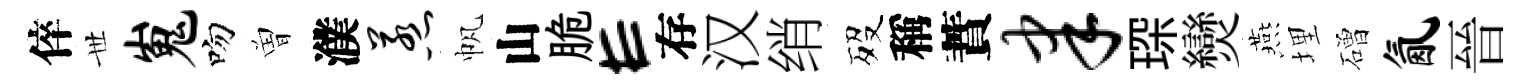
倅𠀍嵬吻曽濮惹帆山脆E存汉绡歿稱蕡聿琛𤓖燕埋磳氤晉